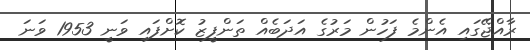
ރާއްޖޭގައި އެންމެ ފަހުން މަރުގެ އަދަބެއް ތަންފީޒު ކޮށްފައި ވަނީ 1953 ވަނަ